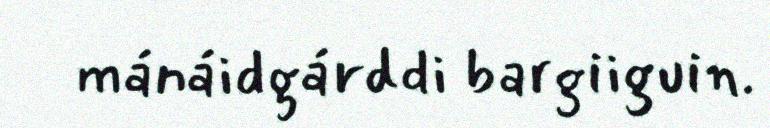
mánáidgárddi bargiiguin.